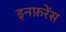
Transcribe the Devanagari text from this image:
इनफ़रेंस